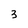
Character: 3